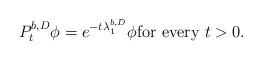
LaTeX: \begin{align*} P^{b, D}_t \phi =e^{-t \lambda^{b, D}_1 } \phi \hbox{for every } t>0. \end{align*}